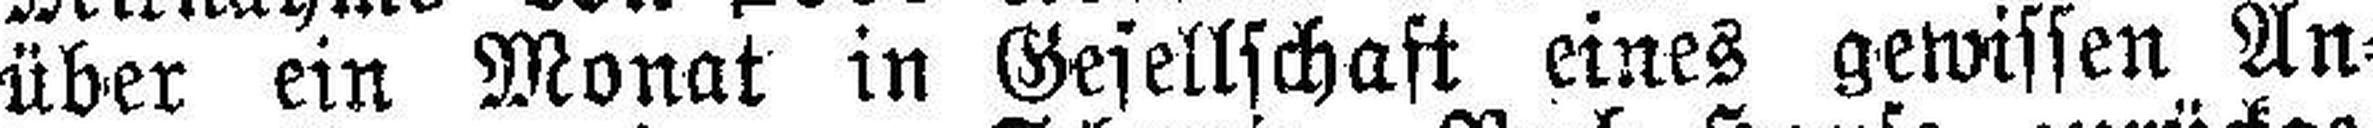
über ein Monat in Gesellschaft eines gewissen An¬